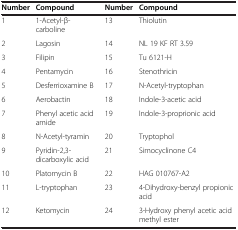
<table><thead><tr><td><b>Number</b></td><td><b>Compound</b></td><td><b>Number</b></td><td><b>Compound</b></td></tr></thead><tbody><tr><td>1</td><td>1-Acetyl-β-carboline</td><td>13</td><td>Thiolutin</td></tr><tr><td>2</td><td>Lagosin</td><td>14</td><td>NL 19 KF RT 3.59</td></tr><tr><td>3</td><td>Filipin</td><td>15</td><td>Tu 6121-H</td></tr><tr><td>4</td><td>Pentamycin</td><td>16</td><td>Stenothricin</td></tr><tr><td>5</td><td>Desferrioxamine B</td><td>17</td><td>N-Acetyl-tryptophan</td></tr><tr><td>6</td><td>Aerobactin</td><td>18</td><td>Indole-3-acetic acid</td></tr><tr><td>7</td><td>Phenyl acetic acid amide</td><td>19</td><td>Indole-3-proprionic acid</td></tr><tr><td>8</td><td>N-Acetyl-tyramin</td><td>20</td><td>Tryptophol</td></tr><tr><td>9</td><td>Pyridin-2,3-dicarboxylic acid</td><td>21</td><td>Simocyclinone C4</td></tr><tr><td>10</td><td>Platomycin B</td><td>22</td><td>HAG 010767-A2</td></tr><tr><td>11</td><td>L-tryptophan</td><td>23</td><td>4-Dihydroxy-benzyl propionic acid</td></tr><tr><td>12</td><td>Ketomycin</td><td>24</td><td>3-Hydroxy phenyl acetic acid methyl ester</td></tr></tbody></table>